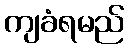
ကျခံရမည်